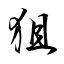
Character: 狙